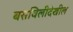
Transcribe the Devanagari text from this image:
बसविलीदेखील